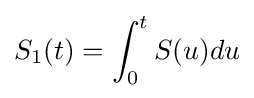
S_{1}(t)=\int _{0}^{t}S(u)du